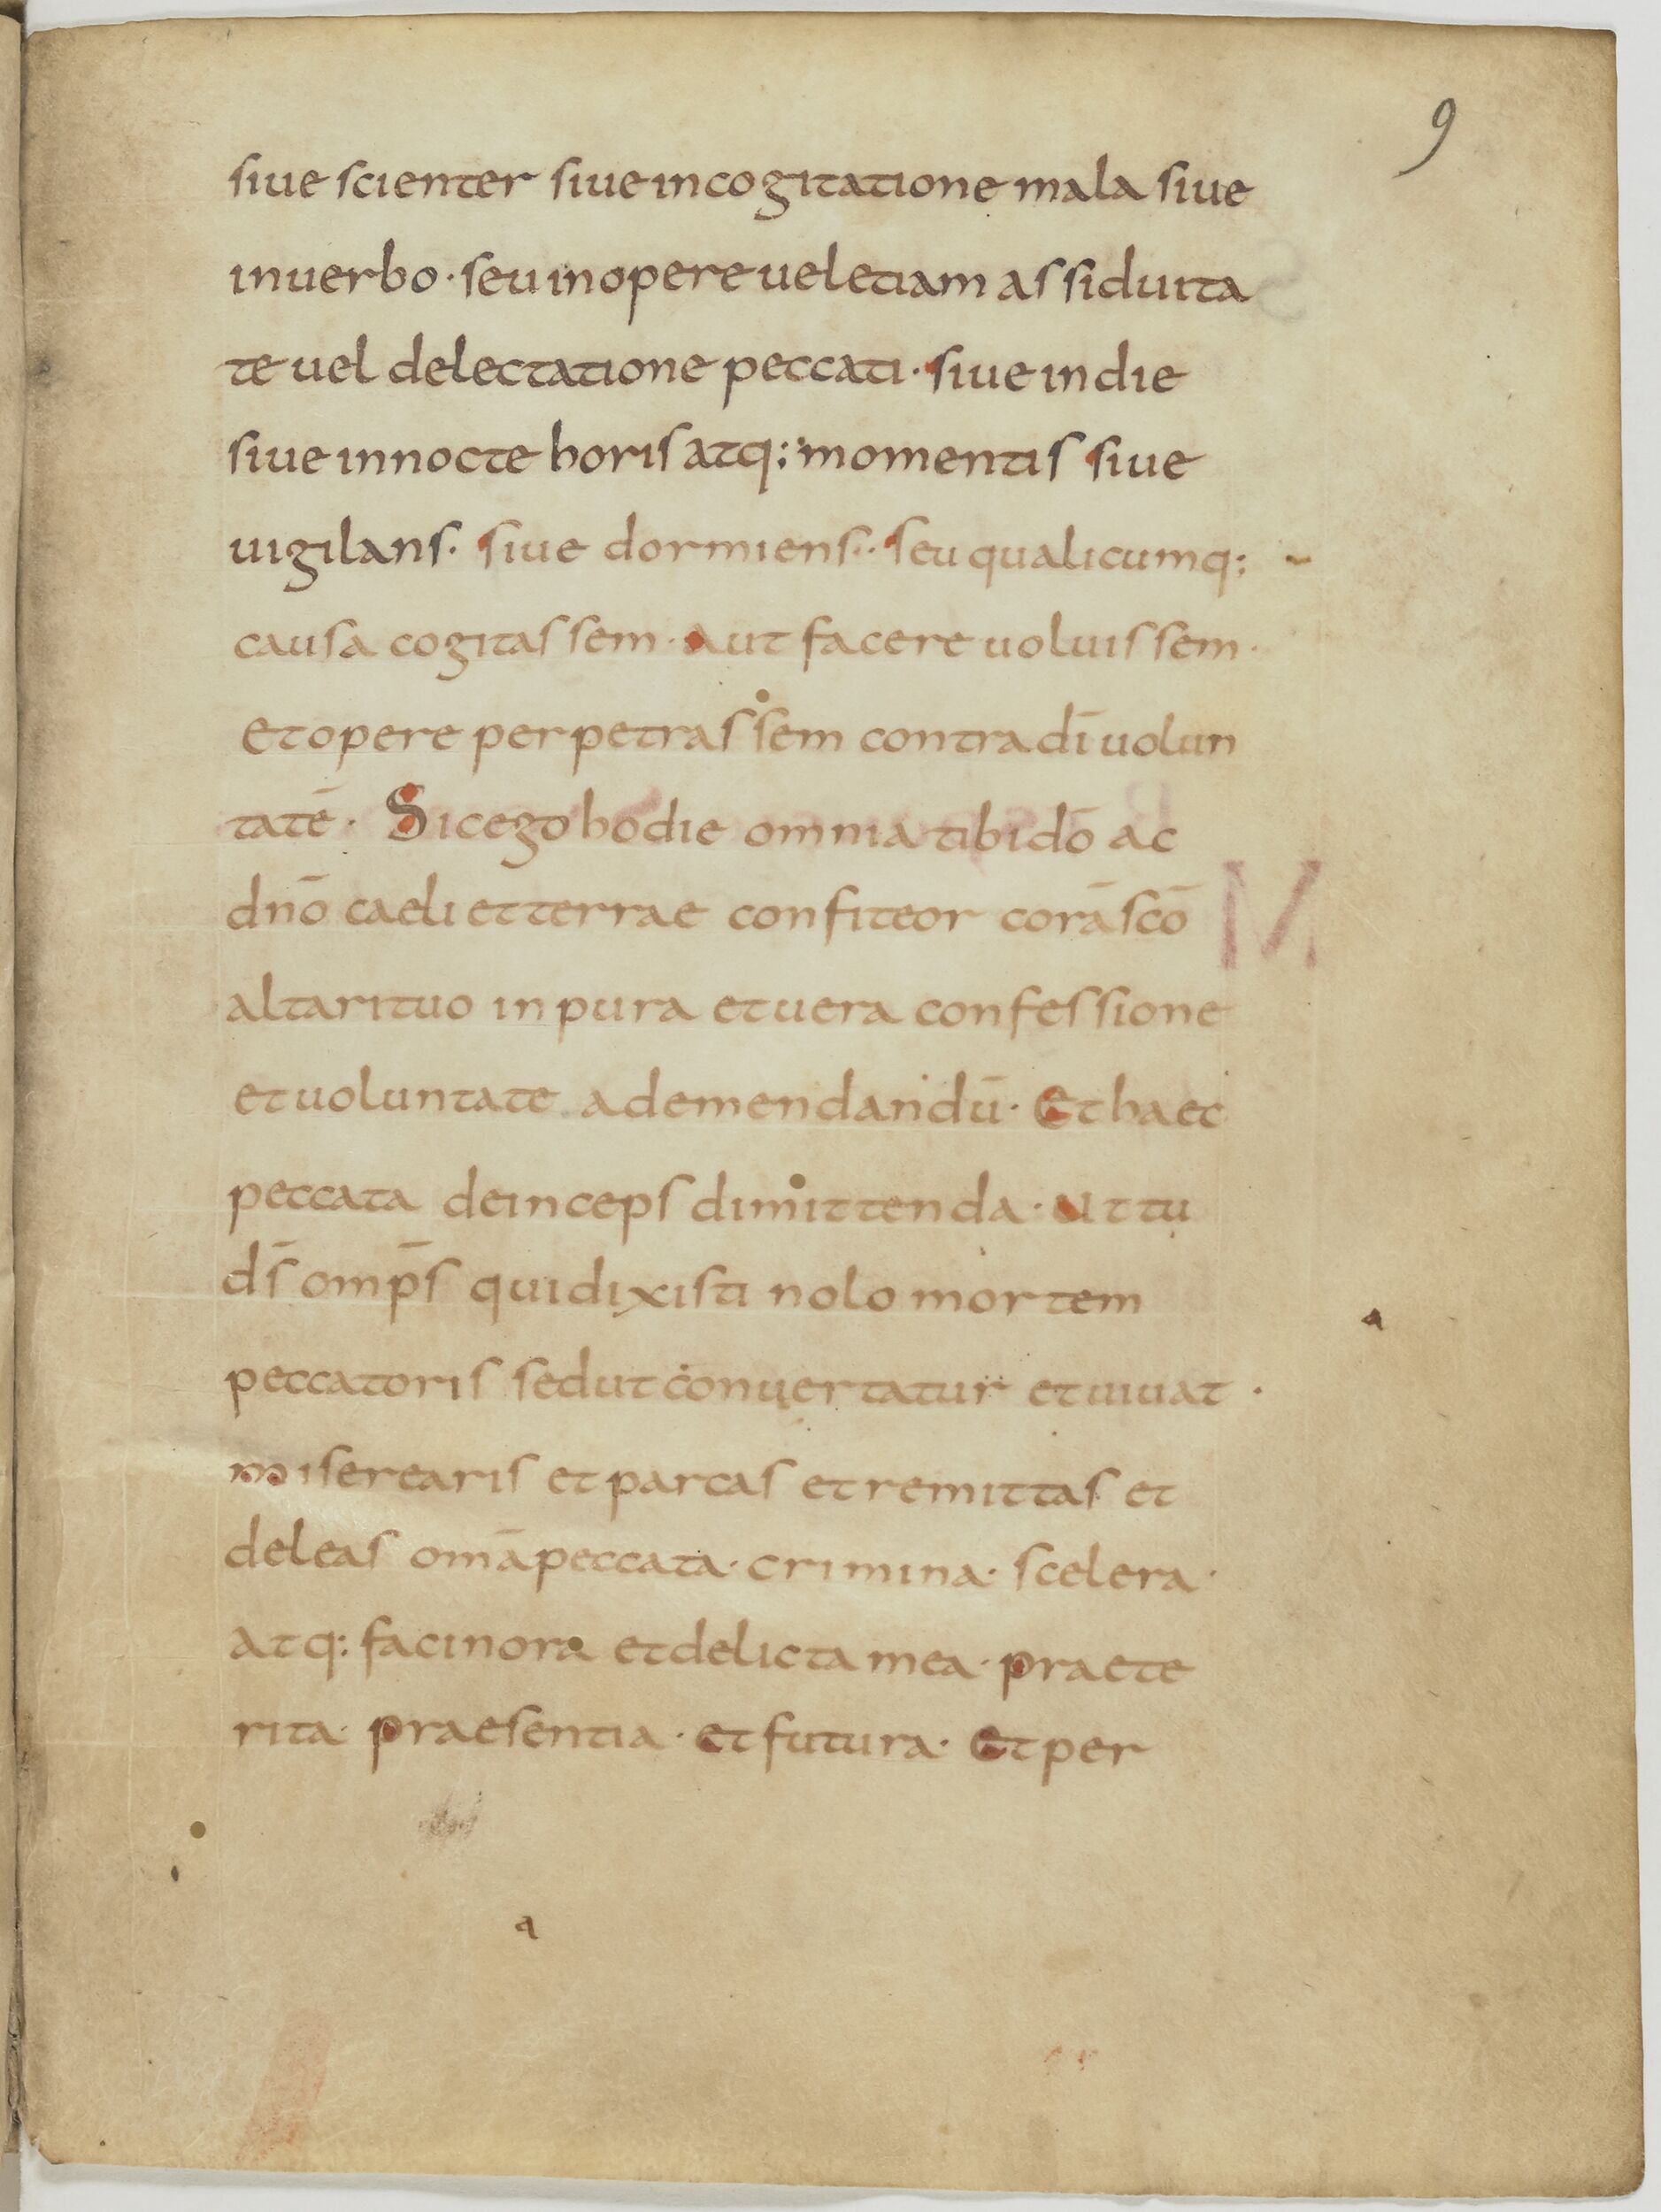
Shelfmark: Paris, BnF, lat. 13388
Century: 9